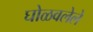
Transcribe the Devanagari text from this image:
घोळवलेले